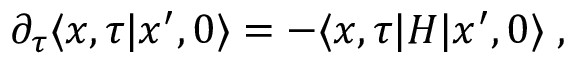
\partial _ { \tau } \langle x , \tau \vert x ^ { \prime } , 0 \rangle = - \langle x , \tau \vert H \vert x ^ { \prime } , 0 \rangle \; ,